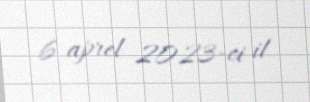
6 aprel 2023-ci il